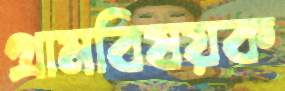
গ্রামবিষয়ক